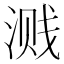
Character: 溅